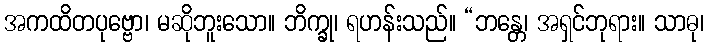
အကထိတပုဗ္ဗော၊ မဆိုဘူးသော။ ဘိက္ခု၊ ရဟန်းသည်။ “ဘန္တေ၊ အရှင်ဘုရား။ သာဓု၊